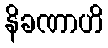
နိခဏာဟိ